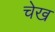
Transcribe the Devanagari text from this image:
चेख